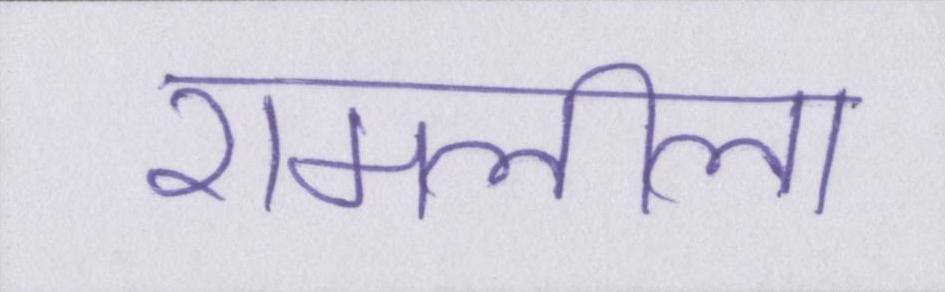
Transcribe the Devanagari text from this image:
रामलीला